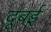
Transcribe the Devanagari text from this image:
दूबई